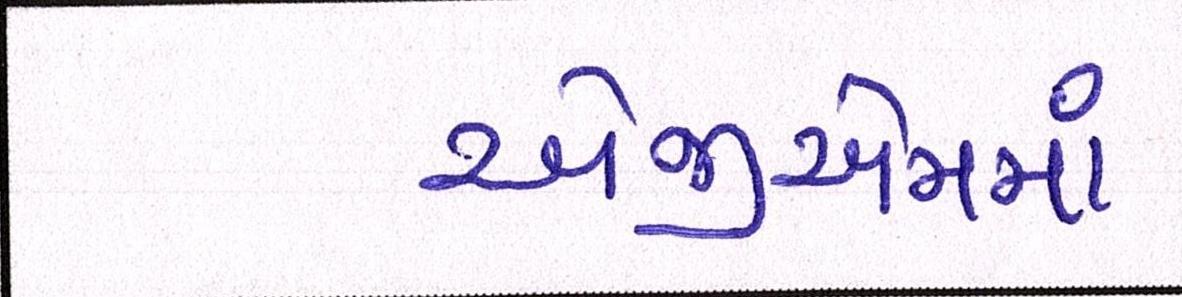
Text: એજીએમમાં